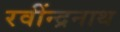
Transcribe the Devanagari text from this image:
रवींन्द्रनाथ